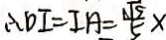
\therefore D I = I A = \frac { \sqrt { 5 } } { 5 } x